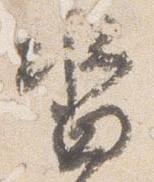
沓